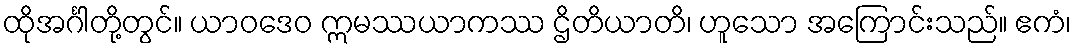
ထိုအင်္ဂါတို့တွင်။ ယာဝဒေဝ ဣမဿယာကဿ ဌိတိယာတိ၊ ဟူသော အကြောင်းသည်။ ဧကံ၊